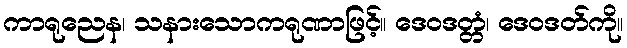
ကာရုညေန၊ သနားသောကရုဏာဖြင့်။ ဒေဝဒတ္တံ၊ ဒေဝဒတ်ကို။